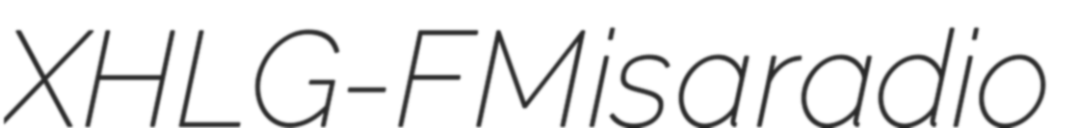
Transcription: XHLG-FM is a radio